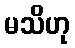
မသိဟု